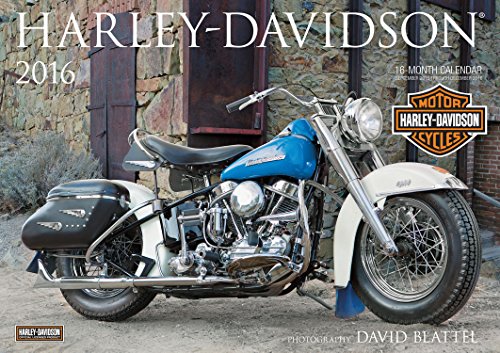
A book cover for Harley-Davidson(R) 2016: 16-Month Calendar September 2015 through December 2016; Engineering & Transportation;